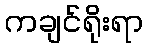
ကချင်ရိုးရာ